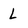
Character: L